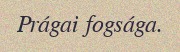
Prágai fogsága.